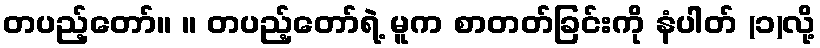
တပည့်တော်။ ။ တပည့်တော်ရဲ့ မူက စာတတ်ခြင်းကို နံပါတ် (၁)လို့